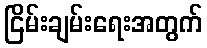
ငြိမ်းချမ်းရေးအတွက်